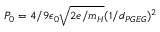
P _ { 0 } = 4 / 9 \epsilon _ { 0 } \sqrt { 2 e / m _ { H } } ( 1 / d _ { P G E G } ) ^ { 2 }